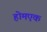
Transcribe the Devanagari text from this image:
होमएक